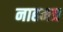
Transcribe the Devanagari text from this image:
नाहमत्र